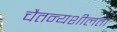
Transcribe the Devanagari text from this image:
चैतन्यशीलता